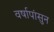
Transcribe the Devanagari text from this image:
वर्षापांसुन